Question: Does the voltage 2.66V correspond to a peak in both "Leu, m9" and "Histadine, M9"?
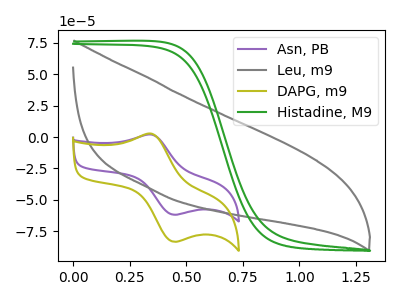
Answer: <think>The purple curve "Asn, PB" has an anodic peak at (0.35V, 2.00uA) and a cathodic peak at (0.45V, -61.90uA). The gray curve "Leu, m9" has no peaks. The olive curve "DAPG, m9" has an anodic peak at (0.35V, 2.65uA) and a cathodic peak at (0.45V, -83.40uA). The green curve "Histadine, M9" has no peaks.</think>
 <answer>No, "Leu, m9" and "Histadine, M9" dont share a peak at 2.66V.</answer>
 <eval>mismatch</eval>